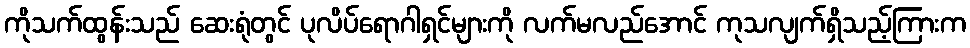
ကိုသက်ထွန်းသည် ဆေးရုံတွင် ပုလိပ်ရောဂါရှင်များကို လက်မလည်အောင် ကုသလျက်ရှိသည့်ကြားက